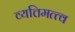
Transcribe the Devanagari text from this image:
व्यत्तिमत्त्व